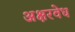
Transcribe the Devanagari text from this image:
अक्षरवेध